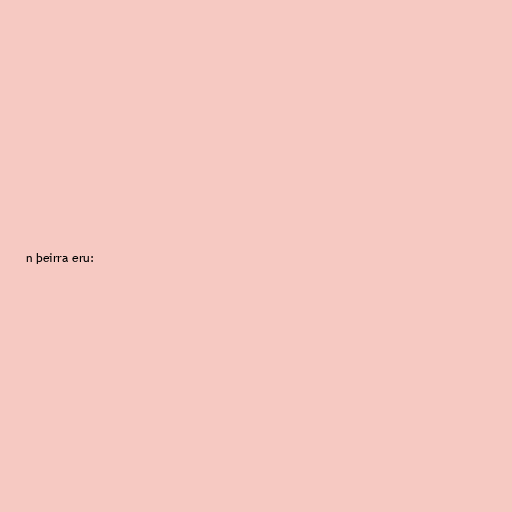
n þeirra eru: